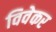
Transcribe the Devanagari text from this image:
विवेकर